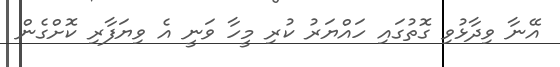
އޭނާ ވިދާޅުވި ގޮތުގައި ހައްޔަރު ކުރި މީހާ ވަނީ އެ ވިޔަފާރި ކޮށްގެން